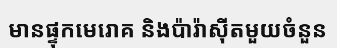
មានផ្ទុកមេរោគ និងប៉ារ៉ាស៊ីតមួយចំនួន